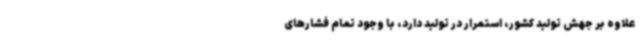
علاوه بر جهش تولید کشور، استمرار در تولید دارد، با وجود تمام فشارهای